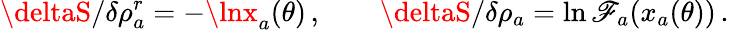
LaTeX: \deltaS/\delta\rho_{a}^{r}=-\lnx_{a}(\theta)\, ,\qquad\deltaS/\delta\rho_{a}=\ln\mathscr{F}_{a}(x_{a}(\theta))\, .